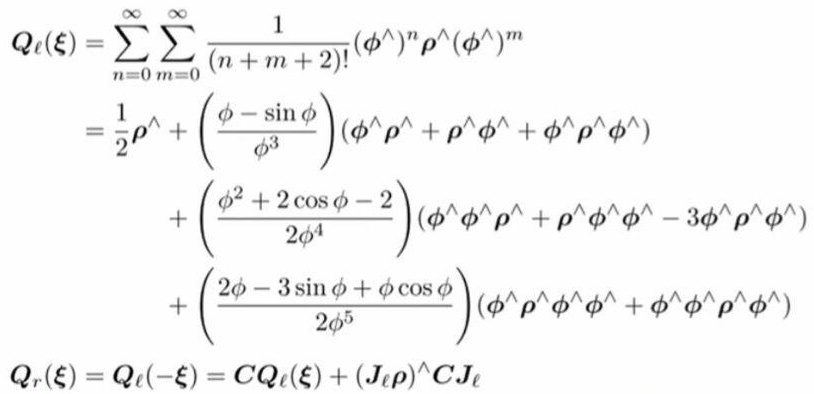
\[
\begin{align*}
Q_{\ell}(\boldsymbol{\xi})&=\sum_{n = 0}^{\infty}\sum_{m = 0}^{\infty}\frac{1}{(n + m+2)!}(\boldsymbol{\phi}^{\wedge})^{n}\boldsymbol{\rho}^{\wedge}(\boldsymbol{\phi}^{\wedge})^{m}\\
&=\frac{1}{2}\boldsymbol{\rho}^{\wedge}+\left(\frac{\phi-\sin\phi}{\phi^{3}}\right)(\boldsymbol{\phi}^{\wedge}\boldsymbol{\rho}^{\wedge}+\boldsymbol{\rho}^{\wedge}\boldsymbol{\phi}^{\wedge}+\boldsymbol{\phi}^{\wedge}\boldsymbol{\rho}^{\wedge}\boldsymbol{\phi}^{\wedge})\\
&\quad+\left(\frac{\phi^{2}+2\cos\phi - 2}{2\phi^{4}}\right)(\boldsymbol{\phi}^{\wedge}\boldsymbol{\phi}^{\wedge}\boldsymbol{\rho}^{\wedge}+\boldsymbol{\rho}^{\wedge}\boldsymbol{\phi}^{\wedge}\boldsymbol{\phi}^{\wedge}-3\boldsymbol{\phi}^{\wedge}\boldsymbol{\rho}^{\wedge}\boldsymbol{\phi}^{\wedge})\\
&\quad+\left(\frac{2\phi-3\sin\phi+\phi\cos\phi}{2\phi^{5}}\right)(\boldsymbol{\phi}^{\wedge}\boldsymbol{\rho}^{\wedge}\boldsymbol{\phi}^{\wedge}\boldsymbol{\phi}^{\wedge}+\boldsymbol{\phi}^{\wedge}\boldsymbol{\phi}^{\wedge}\boldsymbol{\rho}^{\wedge}\boldsymbol{\phi}^{\wedge})\\
Q_{r}(\boldsymbol{\xi})&=Q_{\ell}(-\boldsymbol{\xi})=CQ_{\ell}(\boldsymbol{\xi})+(\boldsymbol{J}_{\ell}\boldsymbol{\rho})^{\wedge}C\boldsymbol{J}_{\ell}
\end{align*}
\]